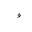
Letter: _waw